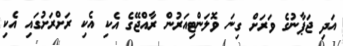
އަދި ޖަޕާނުގެ ވަރަށް ގިނަ ވޮލަންޓިއަރުން ރާއްޖޭގެ އެކި އެކި ރަށްރަށުގައި އެކި